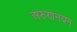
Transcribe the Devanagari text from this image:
अरुणनयन